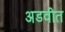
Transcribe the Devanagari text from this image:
अडवीत